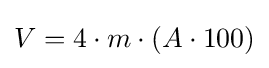
V=4\cdot m\cdot (A\cdot 100)